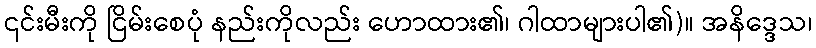
၎င်းမီးကို ငြိမ်းစေပုံ နည်းကိုလည်း ဟောထား၏၊ ဂါထာများပါ၏)။ အနိဒ္ဒေသ၊